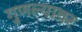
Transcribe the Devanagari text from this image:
गुणल्यावर